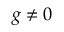
g \neq 0